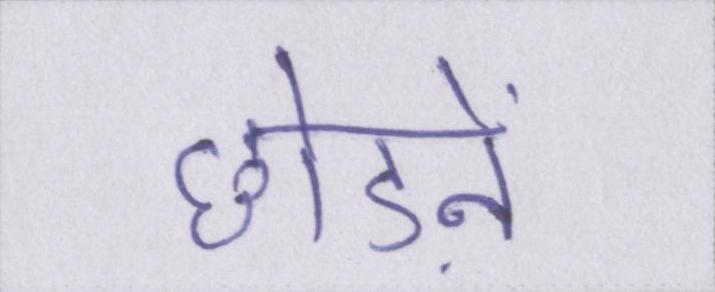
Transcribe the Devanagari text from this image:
छोडऩे